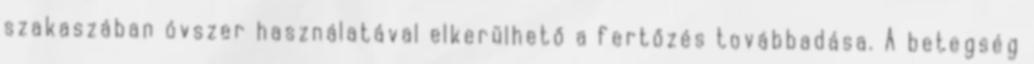
szakaszában óvszer használatával elkerülhető a fertőzés továbbadása. A betegség